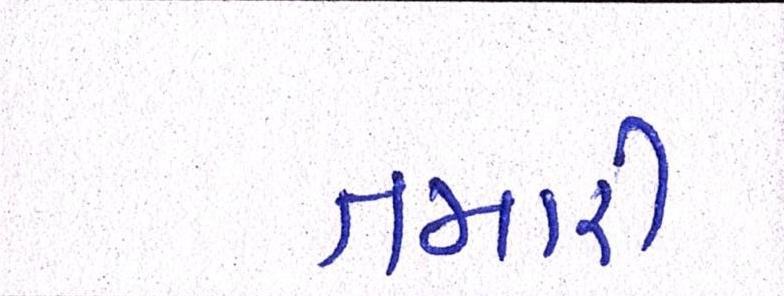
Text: તમારી